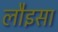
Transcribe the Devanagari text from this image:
लौइसा